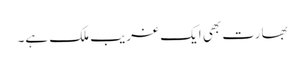
بھارت بھی ایک غریب ملک ہے۔